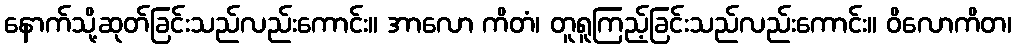
နောက်သို့ဆုတ်ခြင်းသည်လည်းကောင်း။ အာလော ကိတံ၊ တူရူကြည့်ခြင်းသည်လည်းကောင်း။ ဝိလောကိတ၊